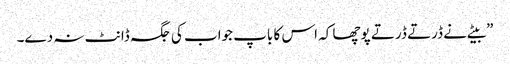
”بیٹے نے ڈرتے ڈرتے پوچھا کہ اس کا باپ جواب کی جگہ ڈانٹ نہ دے۔